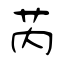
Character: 苪